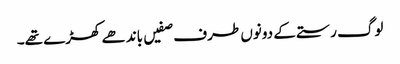
لوگ رستے کے دونوں طرف صفیں باندھے کھڑے تھے۔